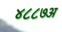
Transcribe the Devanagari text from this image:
४८८७अ